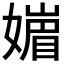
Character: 𡡻